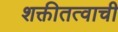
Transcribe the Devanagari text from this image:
शक्तीतत्वाची